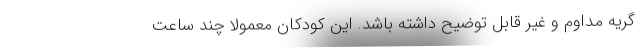
گریه مداوم و غیر قابل توضیح داشته باشد. این کودکان معمولا چند ساعت